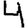
Digit: 4